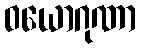
ဝယောဂုဏာ